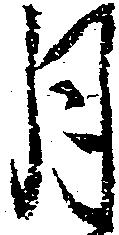
月